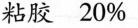
粘胶 20%